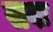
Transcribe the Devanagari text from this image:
सवः